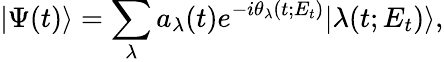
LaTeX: |\Psi(t)\rangle=\sum_{\lambda}a_{\lambda}(t)e^{-i\theta_{\lambda}(t;E_{t})}|\lambda(t;E_{t})\rangle,